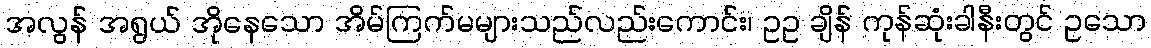
အလွန် အရွယ် အိုနေသော အိမ်ကြက်မများသည်လည်းကောင်း၊ ဥဥ ချိန် ကုန်ဆုံးခါနီးတွင် ဥသော